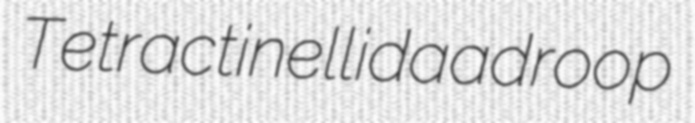
Tetractinellida adroop